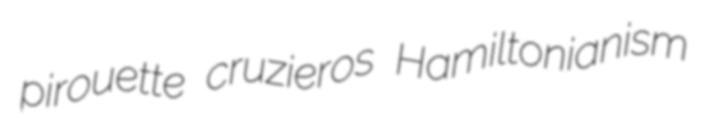
pirouette cruzieros Hamiltonianism